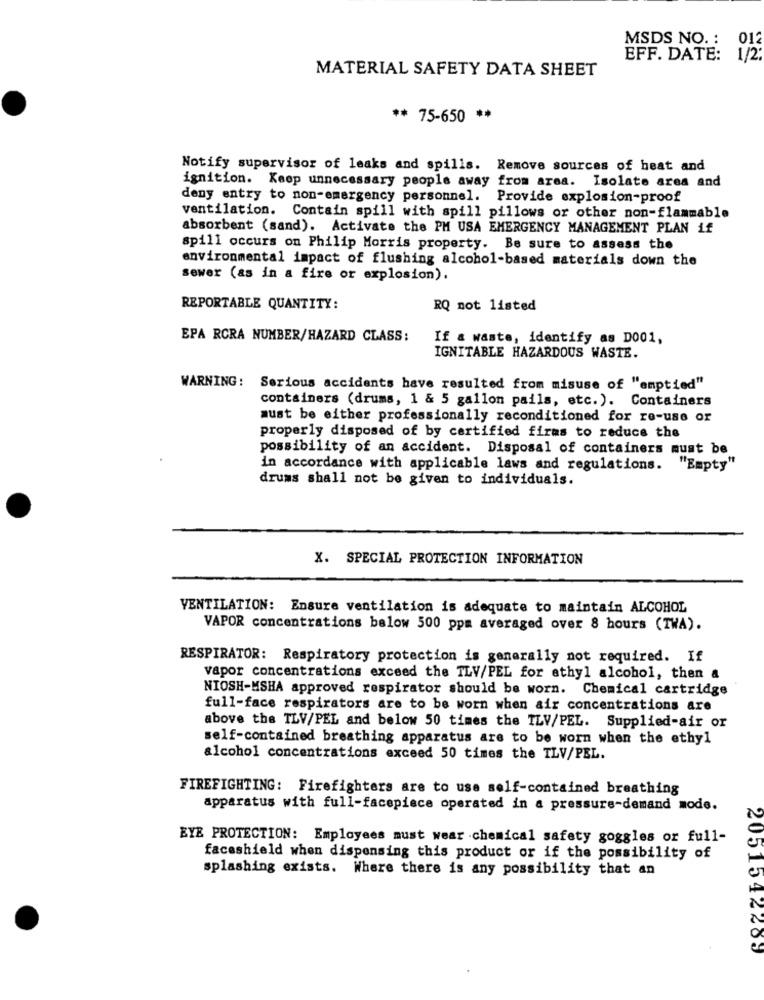
MSDS NO .: 012
EFF. DATE: 1/2:
MATERIAL SAFETY DATA SHEET
** 75-650 **
Notify supervisor of leaks and spills. Remove sources of heat and
ignition. Keep unnecessary people away from area. Isolate area and
deny entry to non-emergency personnel. Provide explosion-proof
ventilation. Contain spill with spill pillows or other non-flammable
absorbent (sand). Activate the PM USA EMERGENCY MANAGEMENT PLAN if
spill occurs on Philip Morris property. Be sure to assess the
environmental impact of flushing alcohol-based materials down the
sewer (as in a fire or explosion).
REPORTABLE QUANTITY:
RQ not listed
EPA RCRA NUMBER/HAZARD CLASS:
If a waste, identify as D001,
IGNITABLE HAZARDOUS WASTE.
WARNING: Serious accidents have resulted from misuse of "emptied"
containers (drums, 1 & 5 gallon pails, etc.). Containers
must be either professionally reconditioned for re-use or
properly disposed of by certified firms to reduce the
possibility of an accident. Disposal of containers must be
in accordance with applicable laws and regulations. "Empty"
drums shall not be given to individuals.
X. SPECIAL PROTECTION INFORMATION
VENTILATION: Ensure ventilation is adequate to maintain ALCOHOL
VAPOR concentrations below 500 ppm averaged over 8 hours (TWA).
RESPIRATOR: Respiratory protection is generally not required. If
vapor concentrations exceed the TLV/PEL for ethyl alcohol, then a
NIOSH-MSHA approved respirator should be worn. Chemical cartridge
full-face respirators are to be worn when air concentrations are
above the TLV/PEL and below 50 times the ILV/PEL. Supplied-air or
self-contained breathing apparatus are to be worn when the ethyl
alcohol concentrations exceed 50 times the TLV/PEL.
FIREFIGHTING: Firefighters are to use self-contained breathing
apparatus with full-facepiece operated in a pressure-demand mode.
EYE PROTECTION: Employees must wear chemical safety goggles or full-
faceshield when dispensing this product or if the possibility of
splashing exists. Where there is any possibility that an
2051542203